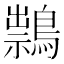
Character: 䳳